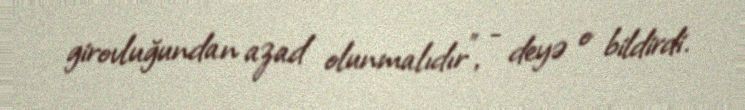
girovluğundan azad olunmalıdır”, - deyə o bildirdi.